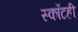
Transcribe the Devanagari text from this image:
स्कॉटही